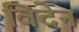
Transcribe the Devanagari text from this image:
विदेन